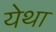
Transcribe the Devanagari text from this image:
येथा